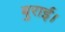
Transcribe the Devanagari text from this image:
बुराई।